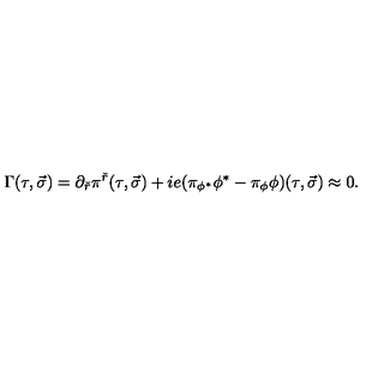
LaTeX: \Gamma ( \tau , \vec { \sigma } ) = \partial _ { \check { r } } \pi ^ { \check { r } } ( \tau , \vec { \sigma } ) + i e ( \pi _ { \phi ^ { * } } \phi ^ { * } - \pi _ { \phi } \phi ) ( \tau , \vec { \sigma } ) \approx 0 .